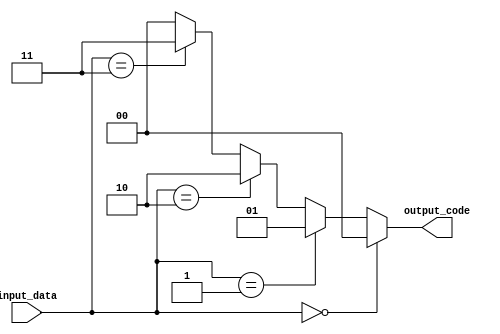
module priority_case (
    input wire [2:0] input_data,
    output reg [1:0] output_code
);

always @(*)
begin
    if (input_data == 3'b000) // Check for condition 1
        output_code <= 2'b00;
    else if (input_data == 3'b001) // Check for condition 2
        output_code <= 2'b01;
    else if (input_data == 3'b010) // Check for condition 3
        output_code <= 2'b10;
    else if (input_data == 3'b011) // Check for condition 4
        output_code <= 2'b11;
    else // Default case
        output_code <= 2'b00;
end

endmodule